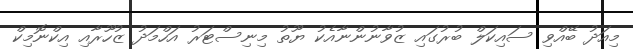
މިއަދު ބޭއްވި ސައިކަލް ބުރުގައި ޒުވާނުންނާއެކު ޔޫތު މިނިސްޓަރު އަހްމަދު ޒުހޫރާއި އިކްނޮމިކް